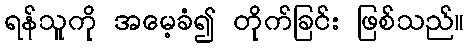
ရန်သူကို အမေ့ခံ၍ တိုက်ခြင်း ဖြစ်သည်။